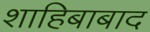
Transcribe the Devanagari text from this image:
शाहिबाबाद